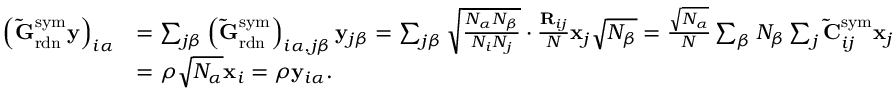
\begin{array} { r l } { \left( \mathbf { \tilde { G } } _ { \mathrm { r d n } } ^ { \mathrm { s y m } } \mathbf { y } \right) _ { i \alpha } } & { = \sum _ { j \beta } \left( \mathbf { \tilde { G } } _ { \mathrm { r d n } } ^ { \mathrm { s y m } } \right) _ { i \alpha , j \beta } \mathbf { y } _ { j \beta } = \sum _ { j \beta } \sqrt { \frac { N _ { \alpha } N _ { \beta } } { N _ { i } N _ { j } } } \cdot \frac { \mathbf { R } _ { i j } } { N } \mathbf { x } _ { j } \sqrt { N _ { \beta } } = \frac { \sqrt { N _ { \alpha } } } { N } \sum _ { \beta } N _ { \beta } \sum _ { j } \mathbf { \tilde { C } } _ { i j } ^ { \mathrm { s y m } } \mathbf { x } _ { j } } \\ & { = \rho \sqrt { N _ { \alpha } } \mathbf { x } _ { i } = \rho \mathbf { y } _ { i \alpha } . } \end{array}